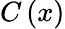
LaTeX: C\left(x\right)